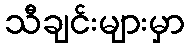
သီချင်းများမှာ